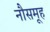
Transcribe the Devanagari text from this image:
नौसमूह